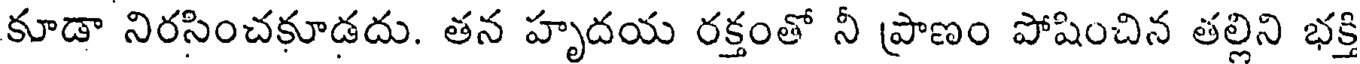
కూడా నిరసించకూడదు. తన హృదయ రక్తంతో నీ ప్రాణం పోషించిన తల్లిని భక్తి